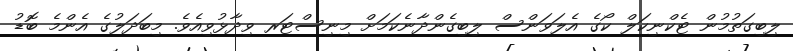
ލިބިގަތުމުން ޓެކްނިކަލް ކޯގެ އެލަވަންސް ލިބިގެންދާނެކަމަށް މިނިސްޓަރ ވިދާޅުވިއެވެ. މިބަދަލުގެ އެންމެ ބޮޑު